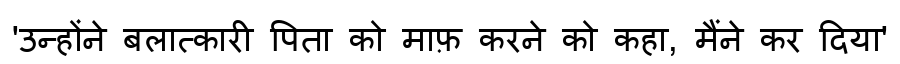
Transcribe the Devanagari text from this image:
'उन्होंने बलात्कारी पिता को माफ़ करने को कहा, मैंने कर दिया'